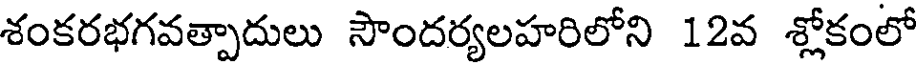
శంకరభగవత్పాదులు సౌందర్యలహరిలోని 12వ శ్లోకంలో